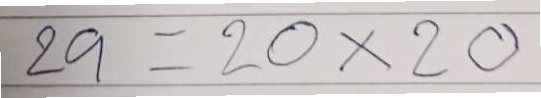
29 = 20x20